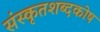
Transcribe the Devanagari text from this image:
संस्कृतशब्दकोष